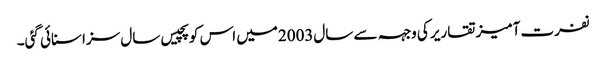
نفرت آمیز تقاریر کی وجہہ سے سال2003میں اس کو پچیس سال سزا سنائی گئی۔